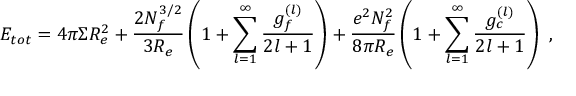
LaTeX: E _ { t o t } = 4 \pi \Sigma R _ { e } ^ { 2 } + \frac { 2 N _ { f } ^ { 3 / 2 } } { 3 R _ { e } } \left( 1 + \sum _ { l = 1 } ^ { \infty } \frac { g _ { f } ^ { ( l ) } } { 2 l + 1 } \right) + \frac { e ^ { 2 } N _ { f } ^ { 2 } } { 8 \pi R _ { e } } \left( 1 + \sum _ { l = 1 } ^ { \infty } \frac { g _ { c } ^ { ( l ) } } { 2 l + 1 } \right) ~ ,